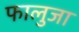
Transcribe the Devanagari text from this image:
फालुजा